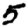
Digit: 5